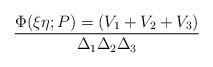
LaTeX: \begin{align*}\Phi(\xi \eta; P) = (V_1 + V_2 + V_3) \over {\Delta_1 \Delta_2 \Delta_3}\end{align*}